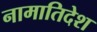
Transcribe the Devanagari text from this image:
नामातिदेश